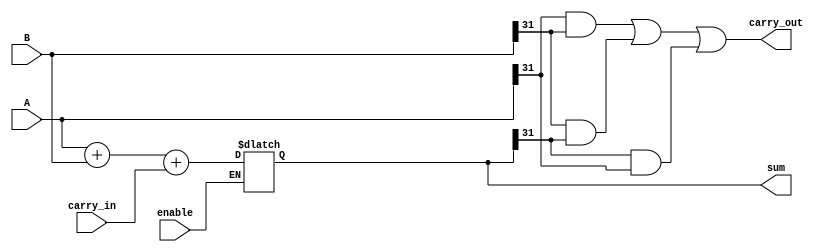
module Adder (
    input wire [31:0] A,
    input wire [31:0] B,
    input wire enable,
    input wire carry_in,
    output wire [31:0] sum,
    output wire carry_out
);

reg [31:0] sum;

always @(A, B, enable) begin
    if (enable) begin
        sum = A + B + carry_in;
    end
end

assign carry_out = (A[31] & B[31]) | (B[31] & sum[31]) | (sum[31] & A[31]);

endmodule